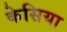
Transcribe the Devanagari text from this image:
केसिया